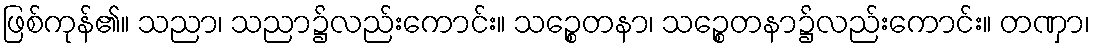
ဖြစ်ကုန်၏။ သညာ၊ သညာ၌လည်းကောင်း။ သဉ္စေတနာ၊ သဉ္စေတနာ၌လည်းကောင်း။ တဏှာ၊